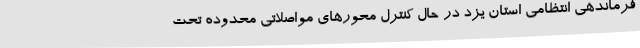
فرماندهی انتظامی استان یزد در حال کنترل محورهای مواصلاتی محدوده تحت